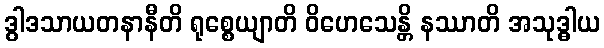
ဒွါဒသာယတနာနီတိ ရုစ္စေယျာတိ ဝိဟေသေန္တိ နဿာတိ အသုဒ္ဓါယ